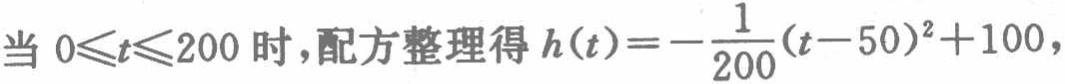
当 \(0\leqslant t\leqslant 200\) 时，配方整理得 \(h(t)=-\frac{1}{200}(t - 50)^2 + 100\)，